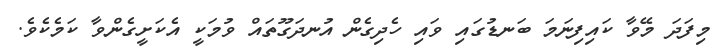
މިފަދަ މޭވާ ކައިފިނަމަ ބަނޑުގައި ވައި ހެދިގެން އުނދަގޫތައް ވުމަކީ އެކަށީގެންވާ ކަމެކެވެ.